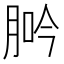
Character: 𦛽